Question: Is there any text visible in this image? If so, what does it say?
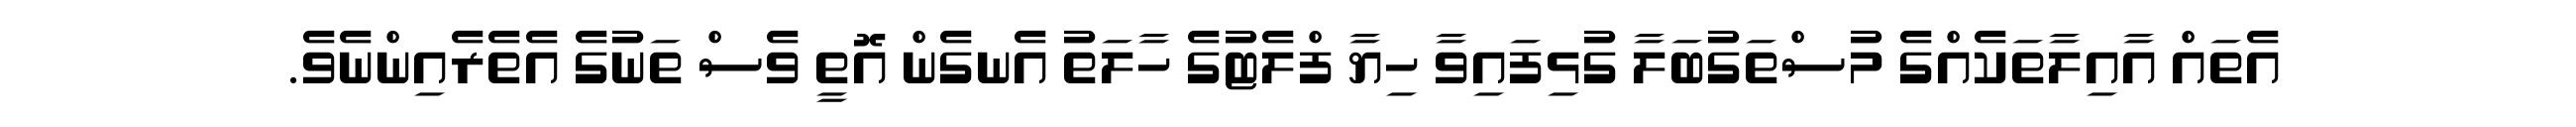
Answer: އެތައް އާއިލާތަކެއްގެ މުސްތަގުބަލާ ގުޅިފައިވާ ހިޔާ ފްލެޓުގެ ހާލަތު އެނގެން އޮތީ ވެސް ތަނުގެ އެތެރެއިންނެވެ.